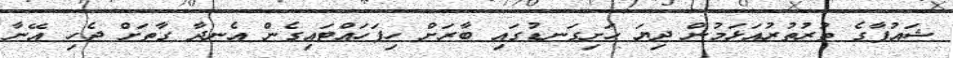
ޝައުފާގެ ތުރުތުރުއަޅަމުން ދިޔަ ހަށިގަނޑުގައި ބާރަށް ހިފަހައްޓައިގެން އެނދާ ގާތަށް ޖެހި އޭނާ